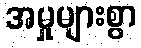
အမှုများစွာ